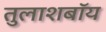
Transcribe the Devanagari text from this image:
तुलाशबॉय